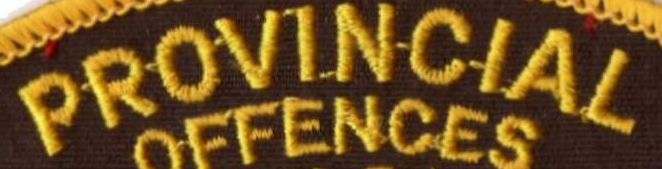
PROVINCIAL